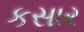
કસાર